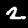
Digit: 2